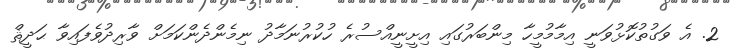
2. އެ ވަގުތުކޮޅުވަނީ އިމާމުމީހާ މިންބަރުގައި އިށީނީއްސުރެ ހުކުރުނަމާދު ނިމެންދެންކަމަށް ވާރިދުވެފައިވާ ޙަދީޘް